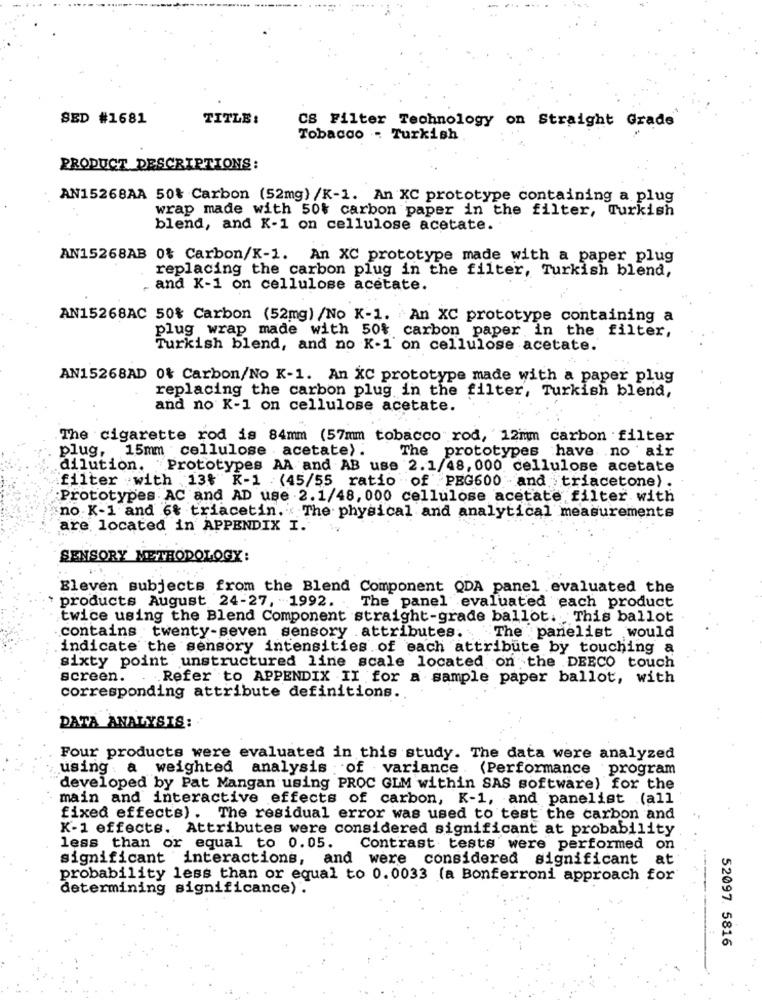
SED #1681
TITLE:
CS Filter Technology on Straight Grade
Tobacco - Turkish
PRODUCT DESCRIPTIONS :
AN15268AA 50% Carbon (52mg) /K-1. An XC prototype containing a plug
wrap made with 50% carbon paper in the filter, Turkish
blend, and K-1 on cellulose acetate.
AN15268AB 0% Carbon/K-1. An XC prototype made with a paper plug
replacing the carbon plug in the filter, Turkish blend,
. and K-1 on cellulose acetate.
AN15268AC 50% Carbon (52mg) /No K-1. An XC prototype containing a
plug wrap made with 50% carbon paper in the filter,
Turkish blend, and no K-1' on cellulose acetate.
AN15268AD 0% Carbon/No K-1. An XC prototype made with a paper plug
replacing the carbon plug in the filter, Turkish blend,
and no K-1 on cellulose acetate.
The cigarette rod is 84mm (57mm tobacco rod, 12mm carbon filter
plug, 15mm cellulose . acetate) .
The prototypes have no air
dilution. Prototypes AA and AB use 2.1/48, 000 cellulose acetate
filter with 13% K-1 (45/55 ratio of PEG600 -and triacetone).
Prototypes AC and AD use .2.1/48, 000 cellulose acetate filter with
no K-1 and 6% triacetin. The physical and analytical measurements
are located in APPENDIX I.
SENSORY METHODOLOGY:
Eleven subjects from the Blend Component QDA panel evaluated the
products August 24-27, 1992.
The panel evaluated each product
twice using the Blend Component straight-grade ballot. This ballot
contains twenty-seven sensory .attributes. The panelist would
indicate the sensory intensities of each attribute by touching a
sixty point unstructured line scale located on the DEECO touch
screen.
. . Refer to APPENDIX II for a sample paper ballot, with
corresponding attribute definitions.
DATA ANALYSIS:
Four products were evaluated in this study. The data were analyzed
using a weighted analysis of variance . (Performance .program
developed by Pat Mangan using PROC GLM within SAS software) for the
main and interactive effects of carbon, K-1, and panelist (all
fixed effects) . The residual error was used to test the carbon and
K-1 effects. Attributes were considered significant at probability
less than or equal to 0.05.
Contrast tests were performed on
significant interactions, and were considered significant at
probability less than or equal to 0.0033 (a Bonferroni approach for'
determining significance) .
52097. 5816